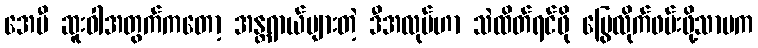
အေမီ ဆူးဝါအတွက်ကတော့ အန္တရာယ်များတဲ့ ဒီအလုပ်ဟာ သဲထိတ်ရင်ဖို မြွေလိုက်ဖမ်းဖို့သာမက